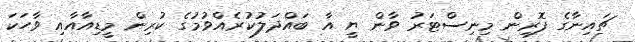
ޗައިނާގެ ފޮރިން މިނިސްޓަރު ވާން ޔީ އާ ބައްދަލުކުރެއްވުމުގެ ކުރިން މީޑިއާއާއި ވާހަކަ